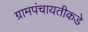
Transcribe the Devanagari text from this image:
ग्रामपंचायतीकडे